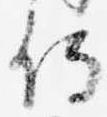
侍